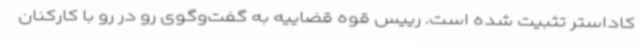
کاداستر تثبیت شده است. رییس قوه قضاییه به گفت‌وگوی رو در رو با کارکنان